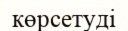
көрсетуді